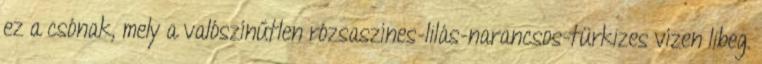
ez a csónak, mely a valószínűtlen rózsaszínes-lilás-narancsos-türkizes vízen libeg.